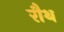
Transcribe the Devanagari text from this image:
रौथ